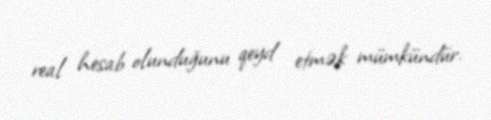
real hesab olunduğunu qeyd etmək mümkündür.